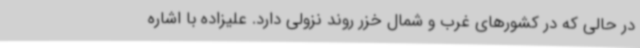
در حالی که در کشورهای غرب و شمال خزر روند نزولی دارد. علیزاده با اشاره